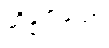
ဆိန္နကထော